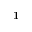
{ \bf 1 }